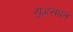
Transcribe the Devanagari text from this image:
युद्धसक्त